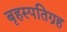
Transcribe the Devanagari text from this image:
बृहस्पतिग्रह